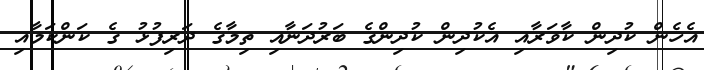
އެހެން ކުދިން ކާވަރާއި އެކުދިން ކުދިންގެ ބަރުދަނާއި ތިމާގެ ދަރިފުޅު ގެ ކަންކަމާއި